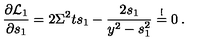
\frac { \partial { \cal L } _ { 1 } } { \partial s _ { 1 } } = 2 \Sigma ^ { 2 } t s _ { 1 } - \frac { 2 s _ { 1 } } { y ^ { 2 } - s _ { 1 } ^ { 2 } } \stackrel { ! } { = } 0 \: .